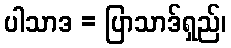
ပါသာဒ = ပြာသာဒ်ရှည်၊